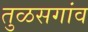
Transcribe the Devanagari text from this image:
तुळसगांव